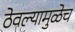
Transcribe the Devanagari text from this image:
ठेवल्यामुळेच